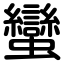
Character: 蠻